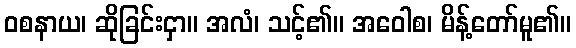
ဝစနာယ၊ ဆိုခြင်းငှာ။ အလံ၊ သင့်၏။ အဝေါစ၊ မိန့်တော်မူ၏။